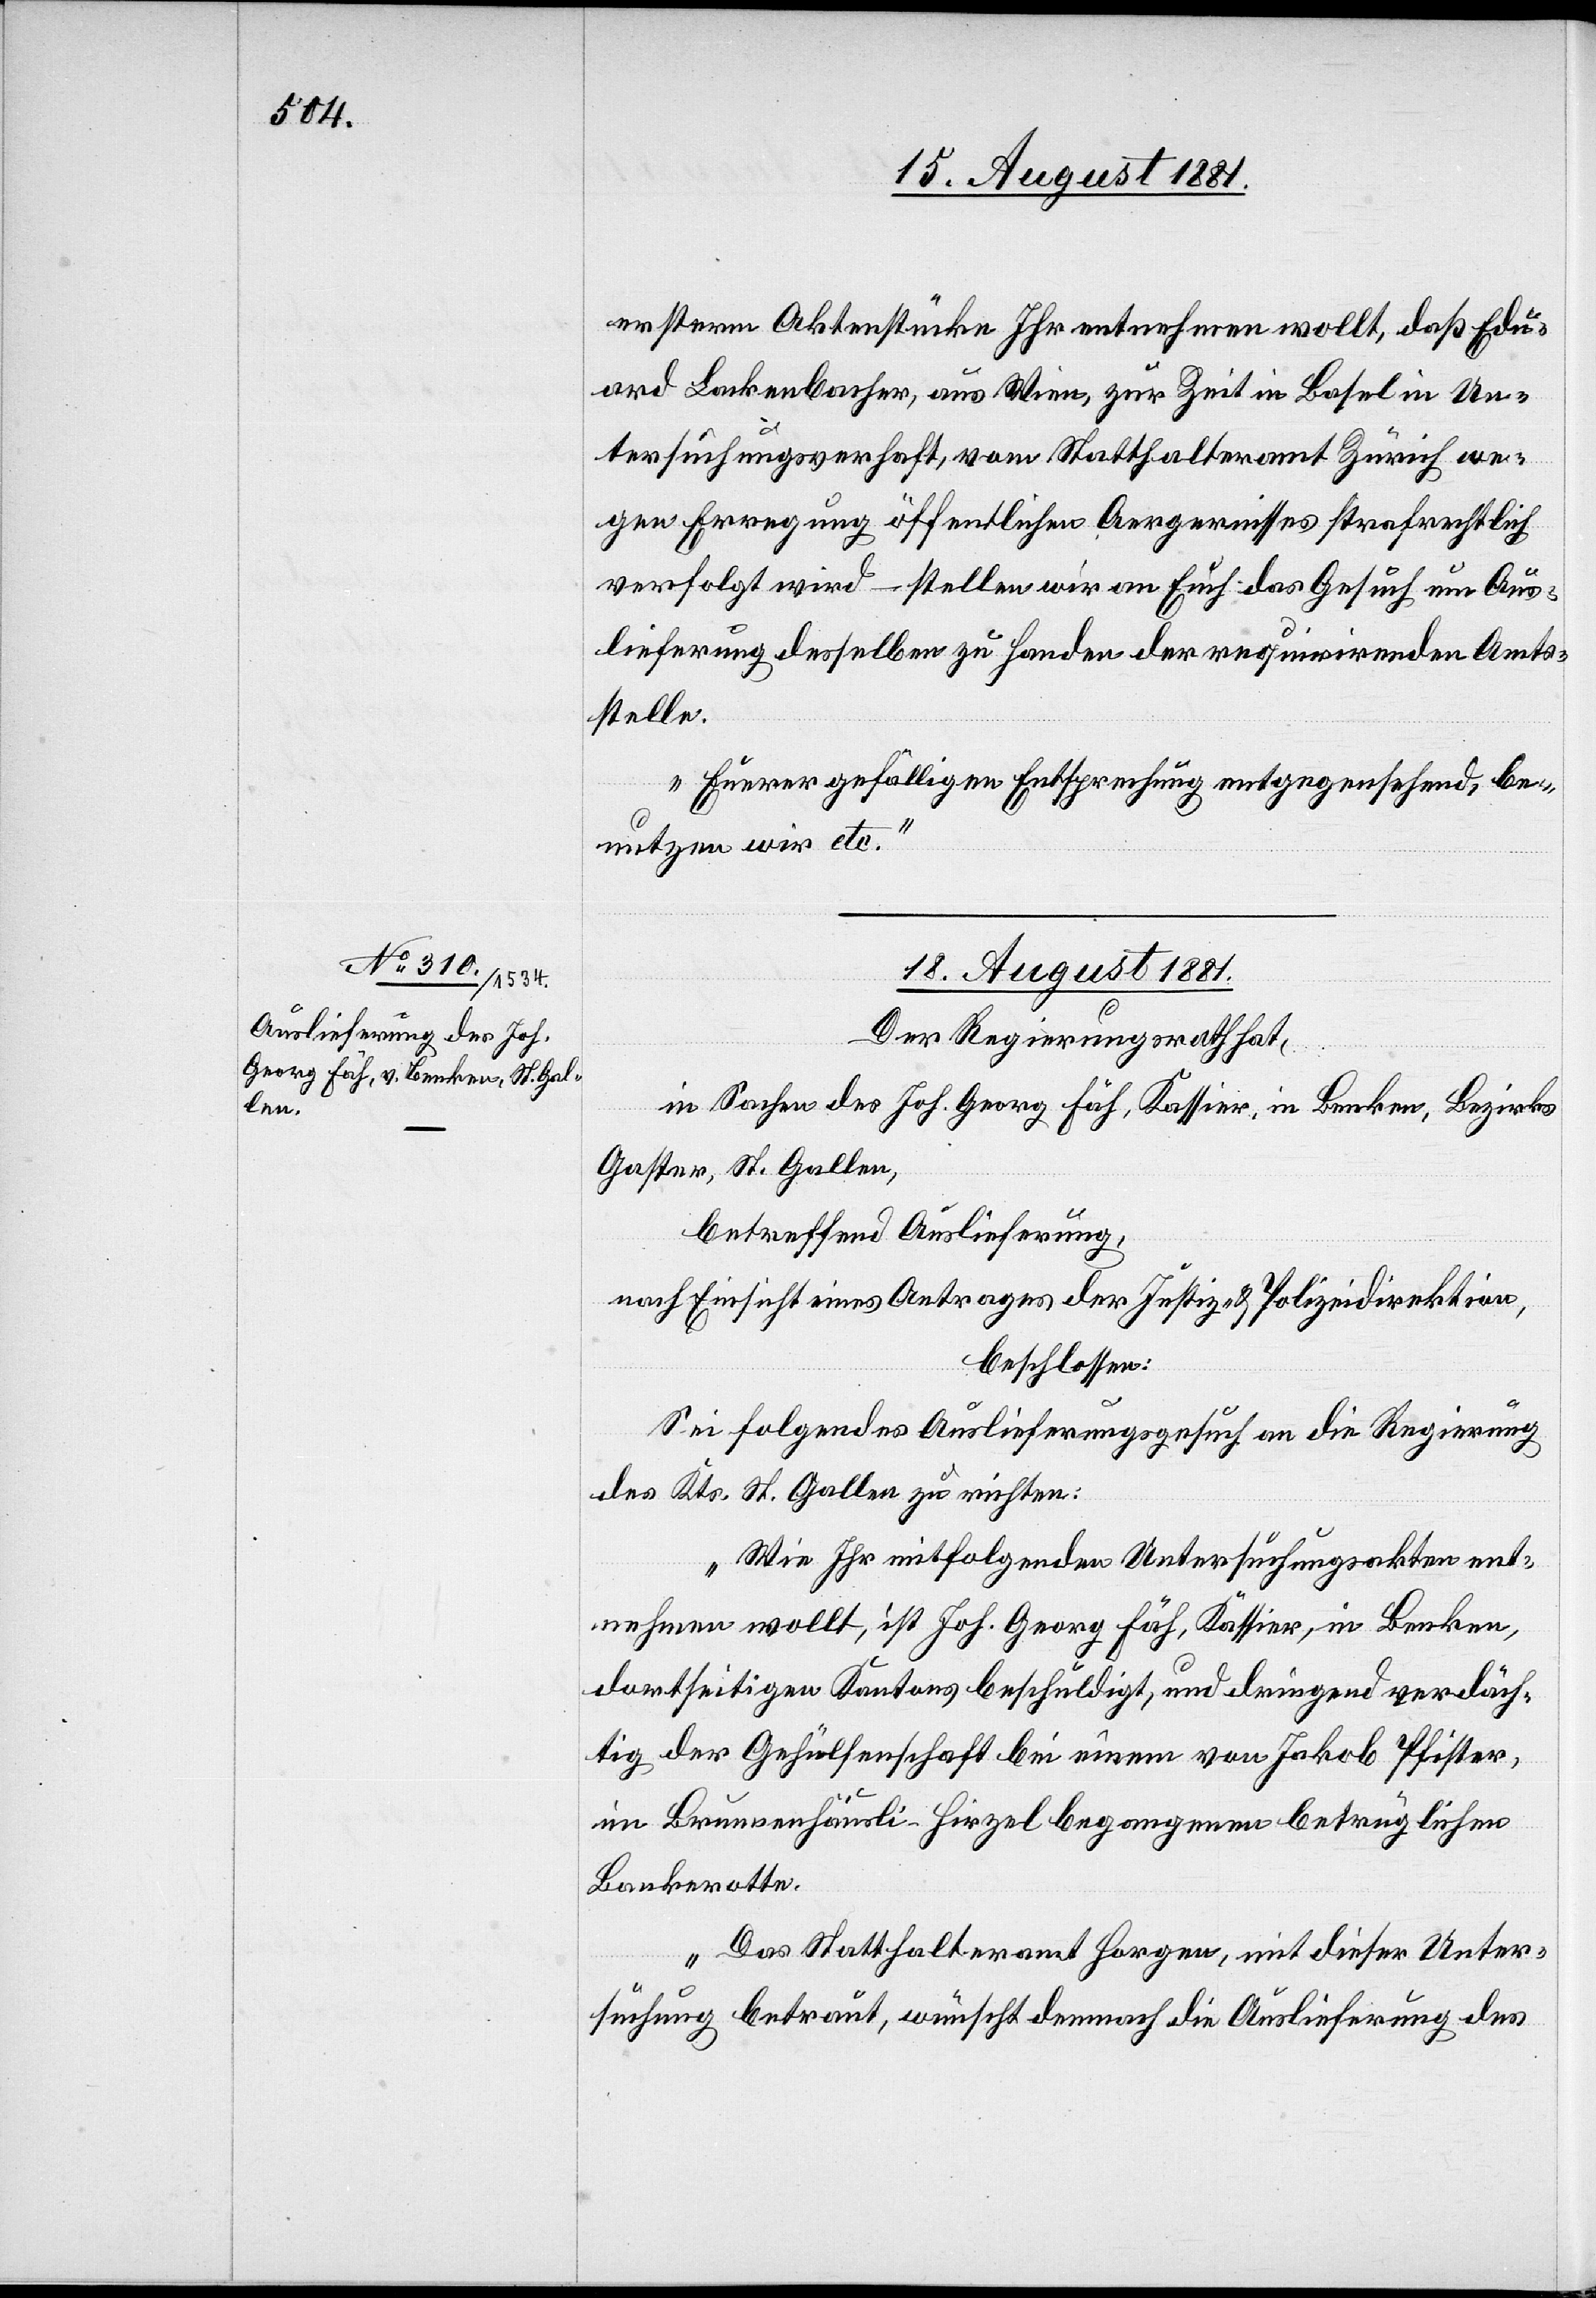
ersterm Aktenstücke Ihr entnehmen wollt, daß Edu¬
gen Erregung öffentlichen Aergernisses strafrechtlich
verfolgt wird – stellen wir an Euch das Gesuch um Aus¬
lieferung desselben zu Handen der requirirenden Amts¬
stelle.
Euerer gefälligen Entsprechung entgegensehend, be¬
nutzen wir etc.“
18. August 1881.
Der Regierungsrath hat,
in Sachen des Joh. Georg Fäh, Kassier, in Benken, Bezirk
Gaster, St. Gallen,
betreffend Auslieferung,
nach Einsicht eines Antrages der Justiz- & Polizeidirektion,
beschlossen:
we¬
Sei folgendes Auslieferungsgesuch an die Regierung
des Kts. St. Gallen zu richten:
„Wie Ihr mitfolgenden Untersuchungsakten ent¬
nehmen wollt, ist Joh. Georg Fäh, Kassier, in Benken,
dortseitigen Kantons beschuldigt, und dringend verdäch¬
tigt der Gehülfenschaft bei einem von Jakob Pfister
im Brunnenhäusli - Hirzel begangenen betrüglichen
Bankerotte.
Das Statthalteramt Horgen, mit dieser Unter¬
suchung betraut, wünscht demnach die Auslieferung des